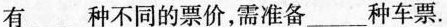
有___种不同的票价，需准备___种车票。